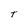
Character: T